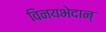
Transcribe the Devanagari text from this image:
विनयभेदान्